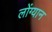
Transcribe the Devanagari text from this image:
लोंग्यान